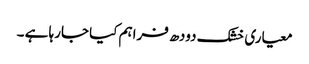
معیاری خشک دودھ فراہم کیا جارہا ہے ۔